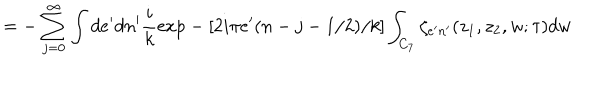
= - \sum _ { j = 0 } ^ { \infty } \int d e ^ { \prime } d n ^ { \prime } \frac { i } { k } \mathrm { e x p } - [ 2 i \pi e ^ { \prime } ( n - j - 1 / 2 ) / k ] \int _ { C _ { 7 } } \zeta _ { e ^ { \prime } n ^ { \prime } } ( z _ { 1 } , z _ { 2 } , w ; \tau ) d w